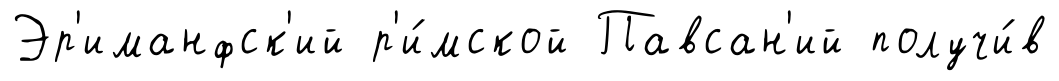
Эр'иманфск'ий р'и́мской Павсан'ий получи́в